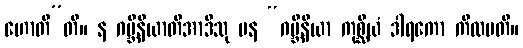
ဟောတီ”တိ။ န ဂဗ္ဘိနိယာတိအာဒီသု ပန “ဂဗ္ဘိနိယာ ကုစ္ဆိယံ ဒါရကော ကိလမတိ။